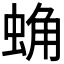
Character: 𰲾